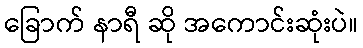
ခြောက် နာရီ ဆို အကောင်းဆုံးပဲ။